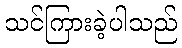
သင်ကြားခဲ့ပါသည်